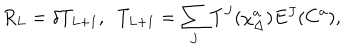
R _ { L } = \delta T _ { L + 1 } , \; \; T _ { L + 1 } = \sum _ { J } T ^ { J } ( \chi _ { \Delta } ^ { a } ) E ^ { J } ( C ^ { a } ) ,